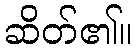
ဆိတ်၏။